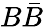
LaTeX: B\bar{B}